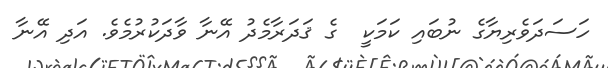
ހަސަދަވެރިޔާގެ ނުބައި ކަމަކީ  ގެ ޤަދަރާމެދު އޭނާ ވާދަކުރުމެވެ. އަދި އޭނާ